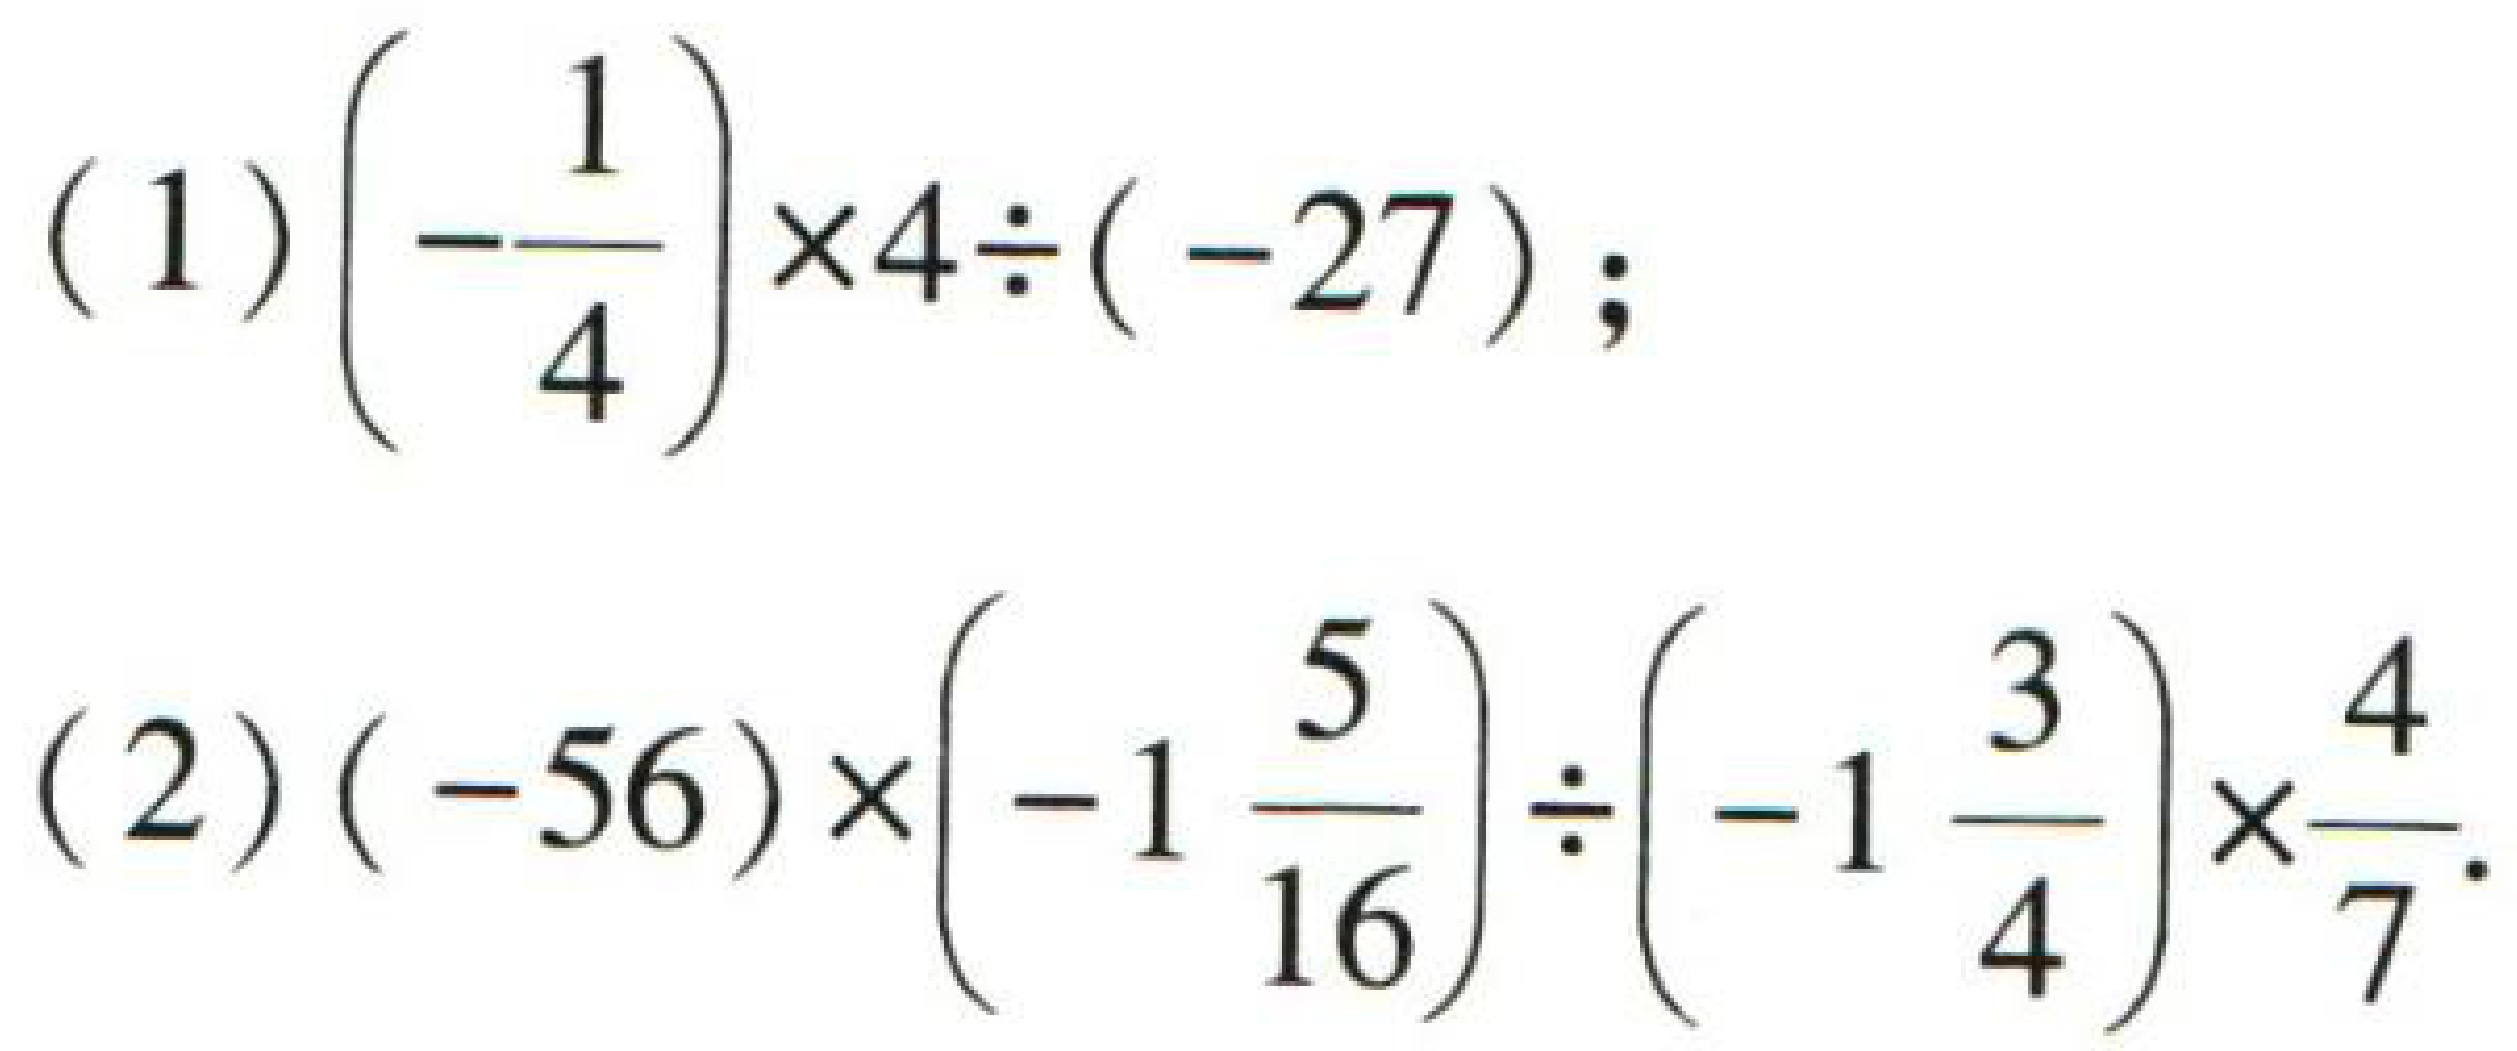
(1) \(\left(-\dfrac{1}{4}\right)\times4\div(-27)\);
(2) \((-56)\times\left(-1\dfrac{5}{16}\right)\div\left(-1\dfrac{3}{4}\right)\times\dfrac{4}{7}\)